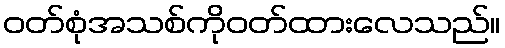
ဝတ်စုံအသစ်ကိုဝတ်ထားလေသည်။